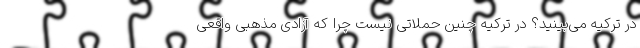
در ترکیه می‌بینید؟ در ترکیه چنین حملاتی نیست چرا که آزادی مذهبی واقعی